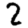
Digit: 2